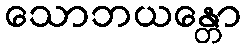
သောဘယန္တော